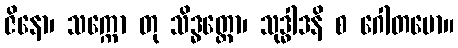
ဇိနော၊ သက္ကော တု သိဒ္ဓတ္ထော၊ သုဒ္ဓါဒနိ စ ဂေါတမော။